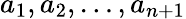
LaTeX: a_{1},a_{2},\ldots,a_{n+1}